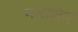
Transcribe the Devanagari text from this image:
मजाकिए